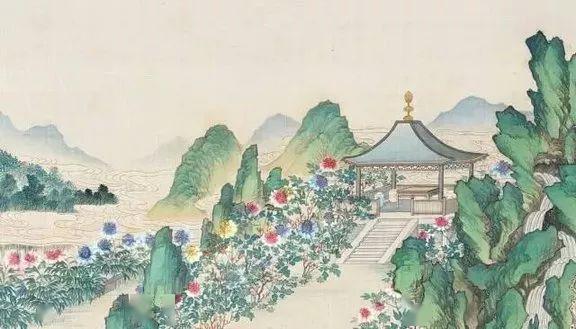
嗟余听鼓应官去，走马兰台类转蓬。